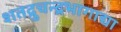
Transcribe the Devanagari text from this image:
शतद्रुचन्द्रभागाद्या